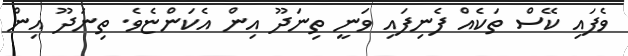
ވެފައި ކޭސް ތަކެއް ފެނިފައި ވަނީ ތިނަދޫ އިން އެކަންޏެވެ. ތިނަދޫ އިން